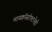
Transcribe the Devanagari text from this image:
मायक्रॉसॉफ्टनेही